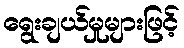
ရွေးချယ်မှုများဖြင့်